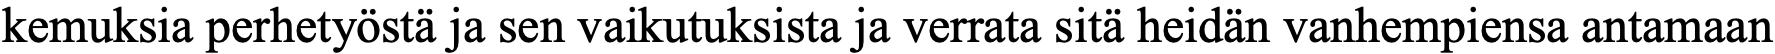
kemuksia perhetyöstä ja sen vaikutuksista ja verrata sitä heidän vanhempiensa antamaan